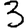
Digit: 3